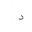
Letter: _dal